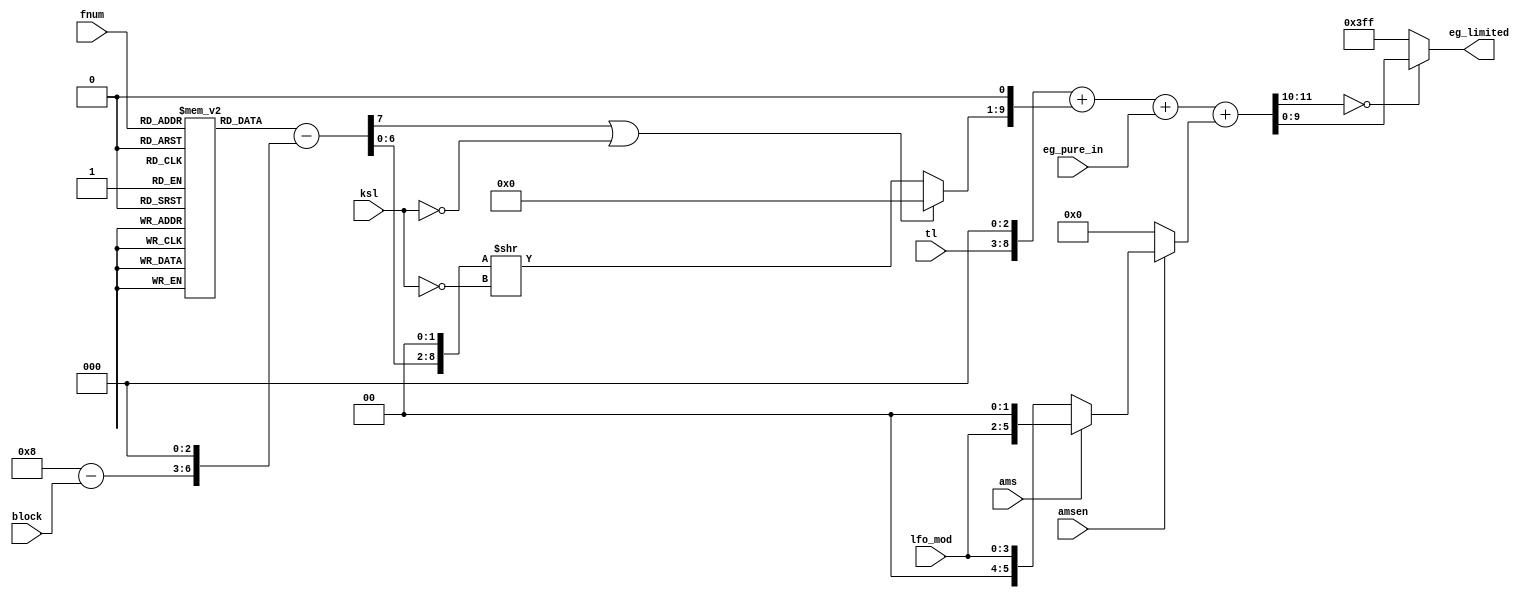
// This program was cloned from: https://github.com/atrac17/Toaplan2
// License: GNU General Public License v3.0

/*  This file is part of JTOPL.

    JTOPL is free software: you can redistribute it and/or modify
    it under the terms of the GNU General Public License as published by
    the Free Software Foundation, either version 3 of the License, or
    (at your option) any later version.

    JTOPL is distributed in the hope that it will be useful,
    but WITHOUT ANY WARRANTY; without even the implied warranty of
    MERCHANTABILITY or FITNESS FOR A PARTICULAR PURPOSE.  See the
    GNU General Public License for more details.

    You should have received a copy of the GNU General Public License
    along with JTOPL.  If not, see <http://www.gnu.org/licenses/>.

    Author: Jose Tejada Gomez. Twitter: @topapate
    Version: 1.0
    Date: 17-6-2020

    */

module jtopl_eg_final(
    input      [3:0] lfo_mod,
    input      [3:0] fnum,
    input      [2:0] block,
    input            amsen,
    input            ams,
    input      [5:0] tl,
    input      [1:0] ksl,   // level damped by pitch
    input      [9:0] eg_pure_in,
    output reg [9:0] eg_limited
);

reg  [ 5:0] am_final;
reg  [11:0] sum_eg_tl;
reg  [11:0] sum_eg_tl_am;
reg  [ 8:0] ksl_dB;
reg  [ 6:0] ksl_lut[0:15];
wire [ 7:0] ksl_base;

assign ksl_base = {1'b0, ksl_lut[fnum]}- { 1'b0, 4'd8-{1'b0,block}, 3'b0 };

always @(*) begin
    if( ksl_base[7] || ksl==2'b0 ) begin
        ksl_dB = 9'd0;
    end else begin
        ksl_dB = {ksl_base[6:0],2'b0} >> ~ksl;
    end
end

always @(*) begin
    am_final = amsen ? ( ams ? {lfo_mod, 2'b0} : {2'b0, lfo_mod} ) : 6'd0;
    sum_eg_tl = {  2'b0, tl,     3'd0 } + 
                {  1'b0, ksl_dB, 1'd0 } +
                {  1'b0, eg_pure_in}; // leading zeros needed to compute correctly
    sum_eg_tl_am = sum_eg_tl + { 5'd0, am_final };
end

always @(*) begin
    eg_limited = sum_eg_tl_am[11:10]==2'd0 ? sum_eg_tl_am[9:0] : 10'h3ff;
end

initial begin
    ksl_lut[ 0] = 7'd00; ksl_lut[ 1] = 7'd32; ksl_lut[ 2] = 7'd40; ksl_lut[ 3] = 7'd45;
    ksl_lut[ 4] = 7'd48; ksl_lut[ 5] = 7'd51; ksl_lut[ 6] = 7'd53; ksl_lut[ 7] = 7'd55;
    ksl_lut[ 8] = 7'd56; ksl_lut[ 9] = 7'd58; ksl_lut[10] = 7'd59; ksl_lut[11] = 7'd60;
    ksl_lut[12] = 7'd61; ksl_lut[13] = 7'd62; ksl_lut[14] = 7'd63; ksl_lut[15] = 7'd64;
end

endmodule